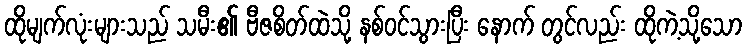
ထိုမျက်လုံးများသည် သမီး၏ ဗီဇစိတ်ထဲသို့ နစ်ဝင်သွားပြီး နောက် တွင်လည်း ထိုကဲ့သို့သော